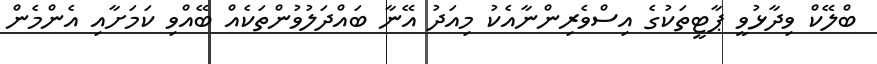
ބްލޭކް ވިދާޅުވީ ޕާޓީތަކުގެ އިސްވެރިންނާއެކު މިއަދު އޭނާ ބައްދަލުވުންތަކެއް ބޭއްވި ކަމަށާއި އެންމެން